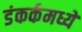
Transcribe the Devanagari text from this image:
डंकर्कमध्ये